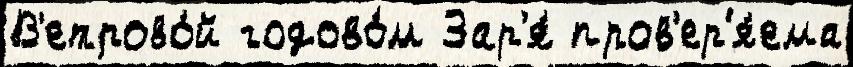
В'етрово́й годово́м Зар'я́ пров'ер'я́ема